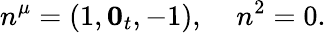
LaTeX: n^{\mu}=(1,{\mathbf 0_{t}},-1),\; \; \; \; n^{2}=0.